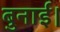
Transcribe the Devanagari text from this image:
बुनाई।